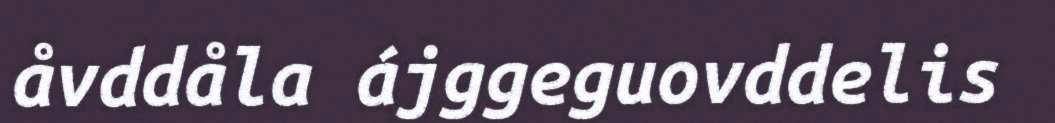
åvddåla ájggeguovddelis